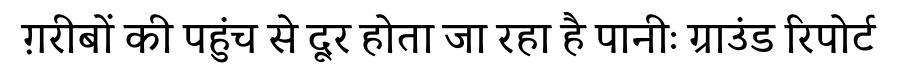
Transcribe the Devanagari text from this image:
ग़रीबों की पहुंच से दूर होता जा रहा है पानीः ग्राउंड रिपोर्ट